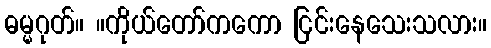
ဓမ္မဂုတ်။ ။ကိုယ်တော်ကကော ငြင်းနေသေးသလား။